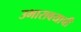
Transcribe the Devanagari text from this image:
उभारावयाची